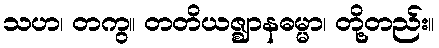
သဟ၊ တကွ။ တတိယဇ္ဈာနဓမ္မာ၊ တို့တည်း။